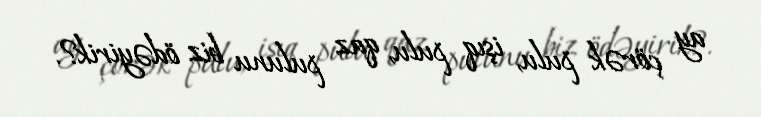
ay çörək pulu, işıq pulu, qaz pulunu biz ödəyirik?.